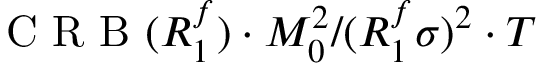
\mathrm { ~ C ~ R ~ B ~ } ( R _ { 1 } ^ { f } ) \cdot M _ { 0 } ^ { 2 } / ( R _ { 1 } ^ { f } \sigma ) ^ { 2 } \cdot T